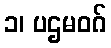
၁၊ ပဌမဝဂ်